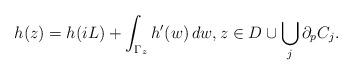
LaTeX: \begin{align*} h(z)=h(iL)+\int_{\Gamma_z}h'(w)\,dw,z \in D \cup \bigcup_j \partial_p C_j.\end{align*}